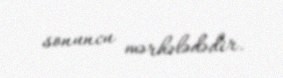
sonuncu mərhələdədir.